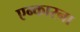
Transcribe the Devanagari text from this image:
एन्कारना